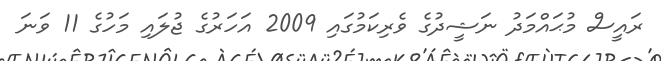
ރައީސް މުޙައްމަދު ނަޝީދުގެ ވެރިކަމުގައި 2009 އަހަރުގެ ޖުލައި މަހުގެ 11 ވަނަ